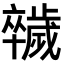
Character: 𣦮